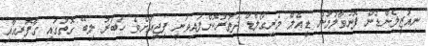
ނިއުޒީލެންޑުން ފޮނުވާލުމުން ޑީއެލް މެރިގޯލްޑް ދަތުރުކޮށްފައިވަނީ ފިޖީއަށެވެ. ހަބަރު ލިބޭ ގޮތުގައި ގާފޮރިއާއި